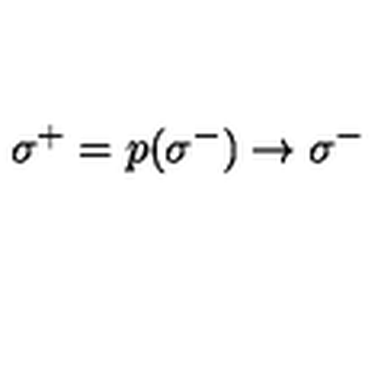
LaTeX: \: \sigma ^ { + } = p ( \sigma ^ { - } ) \rightarrow \sigma ^ { - } \: